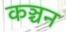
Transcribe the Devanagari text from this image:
कञ्चन